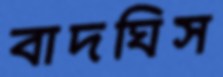
বাদঘিস